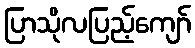
ပြာသိုလပြည့်ကျော်